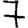
Digit: 7